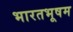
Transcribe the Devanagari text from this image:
भारतभूषम